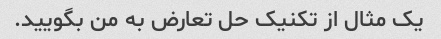
یک مثال از تکنیک حل تعارض به من بگویید.